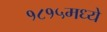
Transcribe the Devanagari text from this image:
१८१५मध्ये